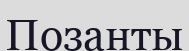
Позанты